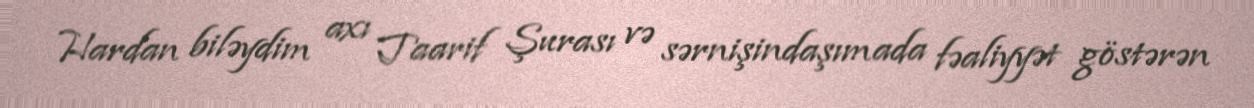
Hardan biləydim axı Taarif Şurası və sərnişindaşımada fəaliyyət göstərən